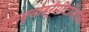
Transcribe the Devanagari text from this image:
इम्य्यूनोडर्र्मीटॉलोजी